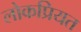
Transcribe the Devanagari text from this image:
लोकप्रियत